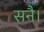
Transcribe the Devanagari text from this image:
सनै।